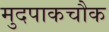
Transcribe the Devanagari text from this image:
मुदपाकचौक